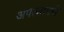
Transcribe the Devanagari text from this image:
अपत्यापरी